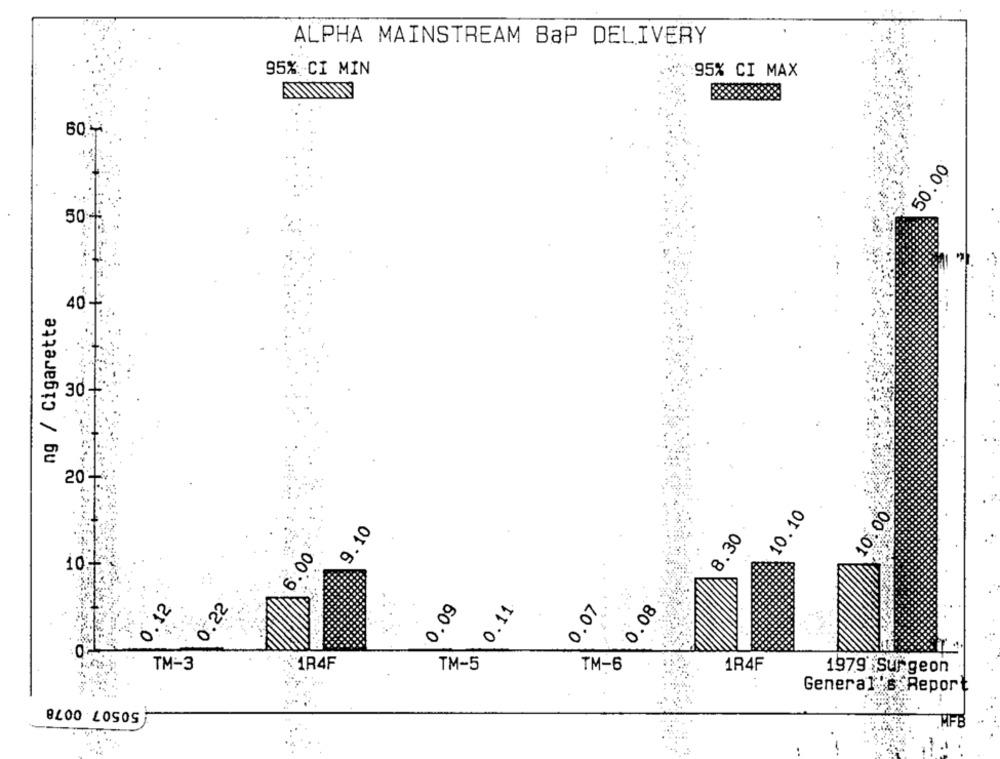
ALPHA MAINSTREAM BaP DELIVERY
95%-CI MIN
:95% CI MAX
50.00
50-
40-
ng / Cigarette
30-
20-
10.10
10.00
9.10
8.30
6.00
10:
0,22
0.09
0.11
0,12
0.07
0.08
TM-3
1R4F
TM-5
TM-6
1R4F
1979 Surgeon
General's Repor
50507.0078
HFB